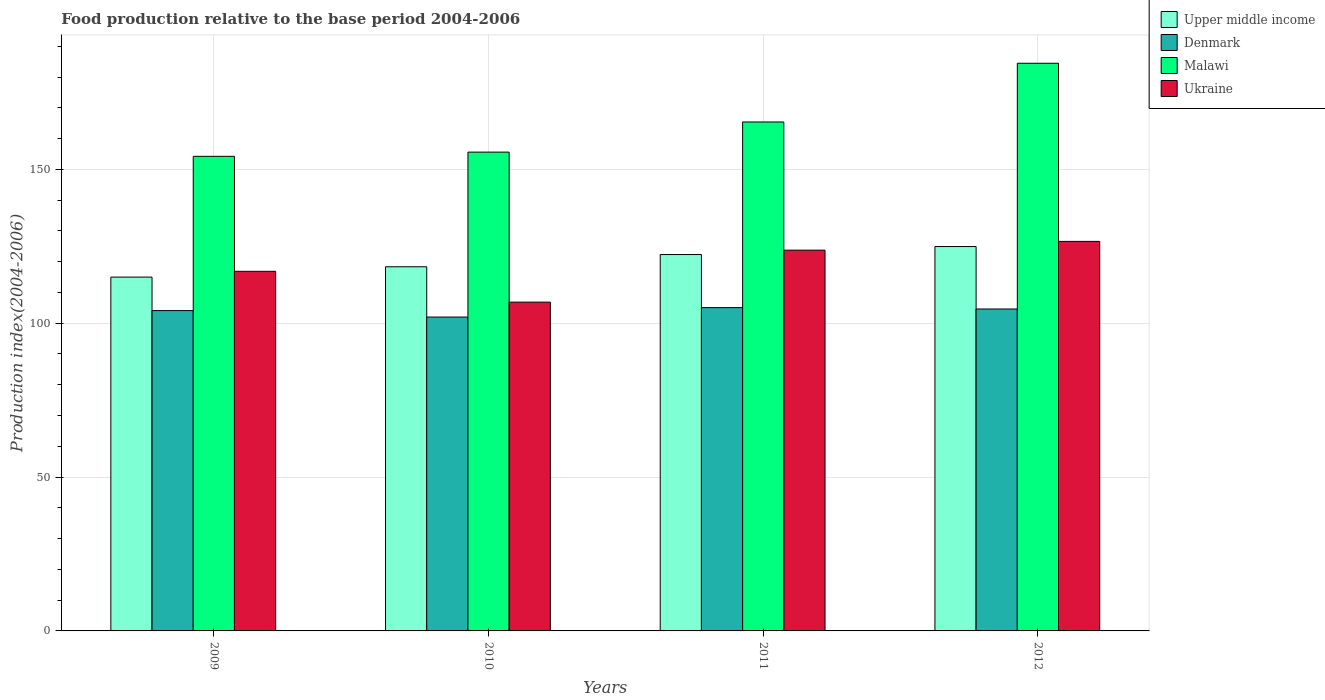
| Years | Upper middle income | Denmark | Malawi | Ukraine |
 | --- | --- | --- | --- | --- |
 | 2009 | 115 | 104 | 154 | 117 |
 | 2010 | 118 | 102 | 156 | 107 |
 | 2011 | 122 | 105 | 165 | 124 |
 | 2012 | 125 | 105 | 184 | 127 |